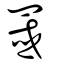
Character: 罭